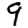
Digit: 9